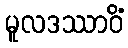
မူလဒဿာဝိံ